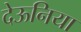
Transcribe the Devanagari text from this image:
देऊनिया